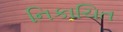
નિકાચિત